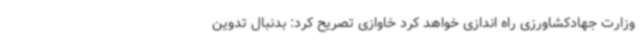
وزارت جهادکشاورزی راه اندازی خواهد کرد خاوازی تصریح کرد: بدنبال تدوین